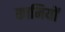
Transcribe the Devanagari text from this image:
कामियों